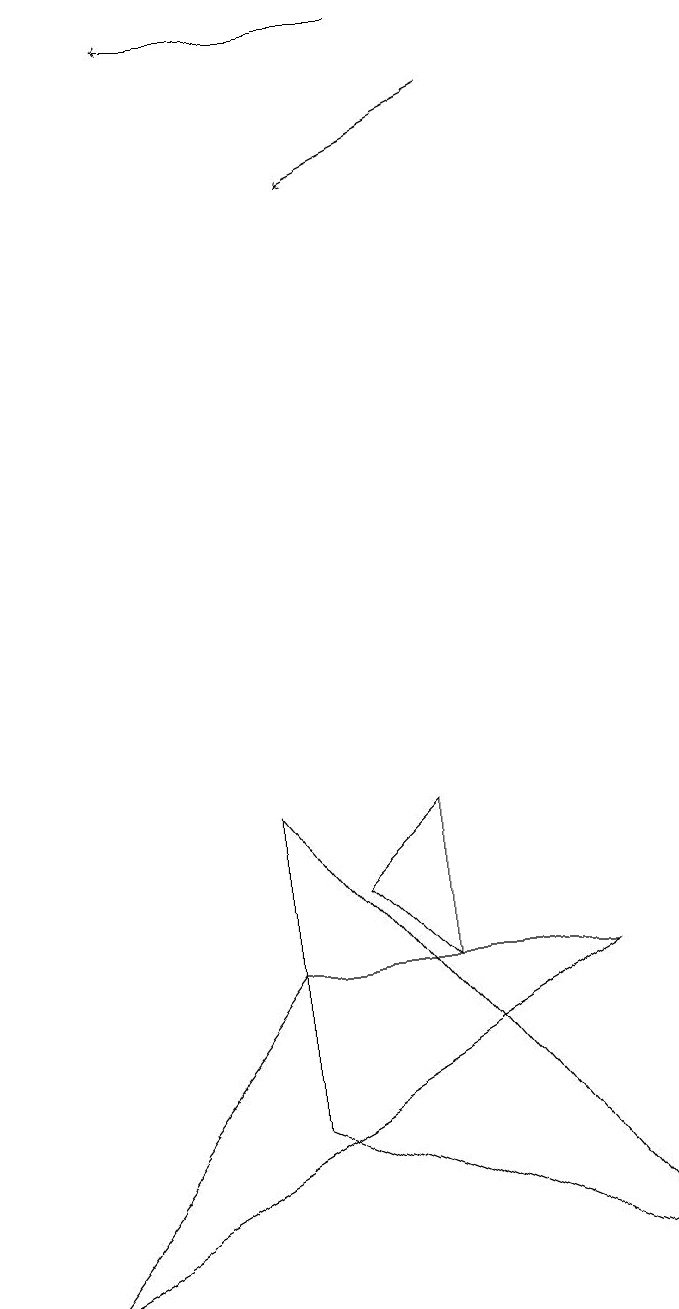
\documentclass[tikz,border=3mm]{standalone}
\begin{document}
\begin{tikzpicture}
\draw (8,0) -- (3,2) -- (3,6) -- cycle;
\draw[->] (6,15) -- (4,14);
\draw (5,6) -- (5,4) -- (4,5) -- cycle;
\draw[->] (5,16) -- (2,16);
\draw (3,4) -- (0,0) -- (7,4) -- cycle;
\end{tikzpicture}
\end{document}